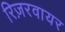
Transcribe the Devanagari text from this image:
रिज़रवायर